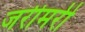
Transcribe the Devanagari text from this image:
जरीमरी